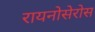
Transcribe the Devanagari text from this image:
रायनोसेरोस